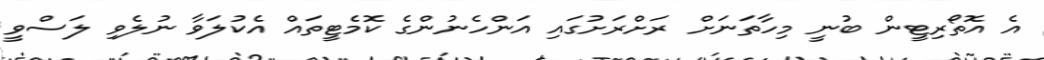
އެ އޮތޯރިޓީން ބުނީ މިހާތަނަށް ރަށްރަށުގައި އަންހެނުންގެ ކޮމެޓީތައް އެކުލަވާ ނުލެވި ލަސްވީ